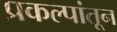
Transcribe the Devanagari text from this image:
प्रकल्पांतून